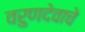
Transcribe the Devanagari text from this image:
वरुणदेवाचे